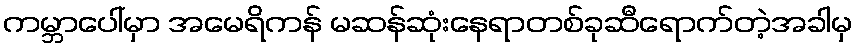
ကမ္ဘာပေါ်မှာ အမေရိကန် မဆန်ဆုံးနေရာတစ်ခုဆီရောက်တဲ့အခါမှ